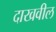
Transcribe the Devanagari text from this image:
दाखवील